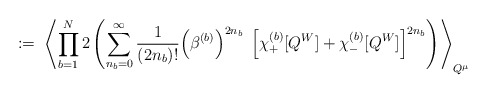
\begin{align*}:= \; \left\langle \prod_{b=1}^N2 \left( \sum_{n_b=0}^\infty \frac{1}{(2 n_b)!}\Big(\beta^{(b)}\Big)^{2n_b} \;\left[\chi^{(b)}_+[Q^W] + \chi^{(b)}_-[Q^W]\right]^{2n_b} \right)\right\rangle_{Q^\mu}\end{align*}